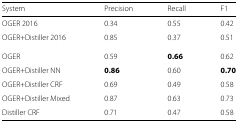
| System | Precision | Recall | F1 |
 | --- | --- | --- | --- |
 | OGER 2016 | 0.34 | 0.55 | 0.42 |
 | OGER+Distiller 2016 | 0.85 | 0.37 | 0.51 |
 | OGER | 0.59 | 0.66 | 0.62 |
 | OGER+Distiller NN | 0.86 | 0.60 | 0.70 |
 | OGER+Distiller CRF | 0.69 | 0.49 | 0.58 |
 | OGER+Distiller Mixed | 0.87 | 0.63 | 0.73 |
 | Distiller CRF | 0.71 | 0.47 | 0.58 |